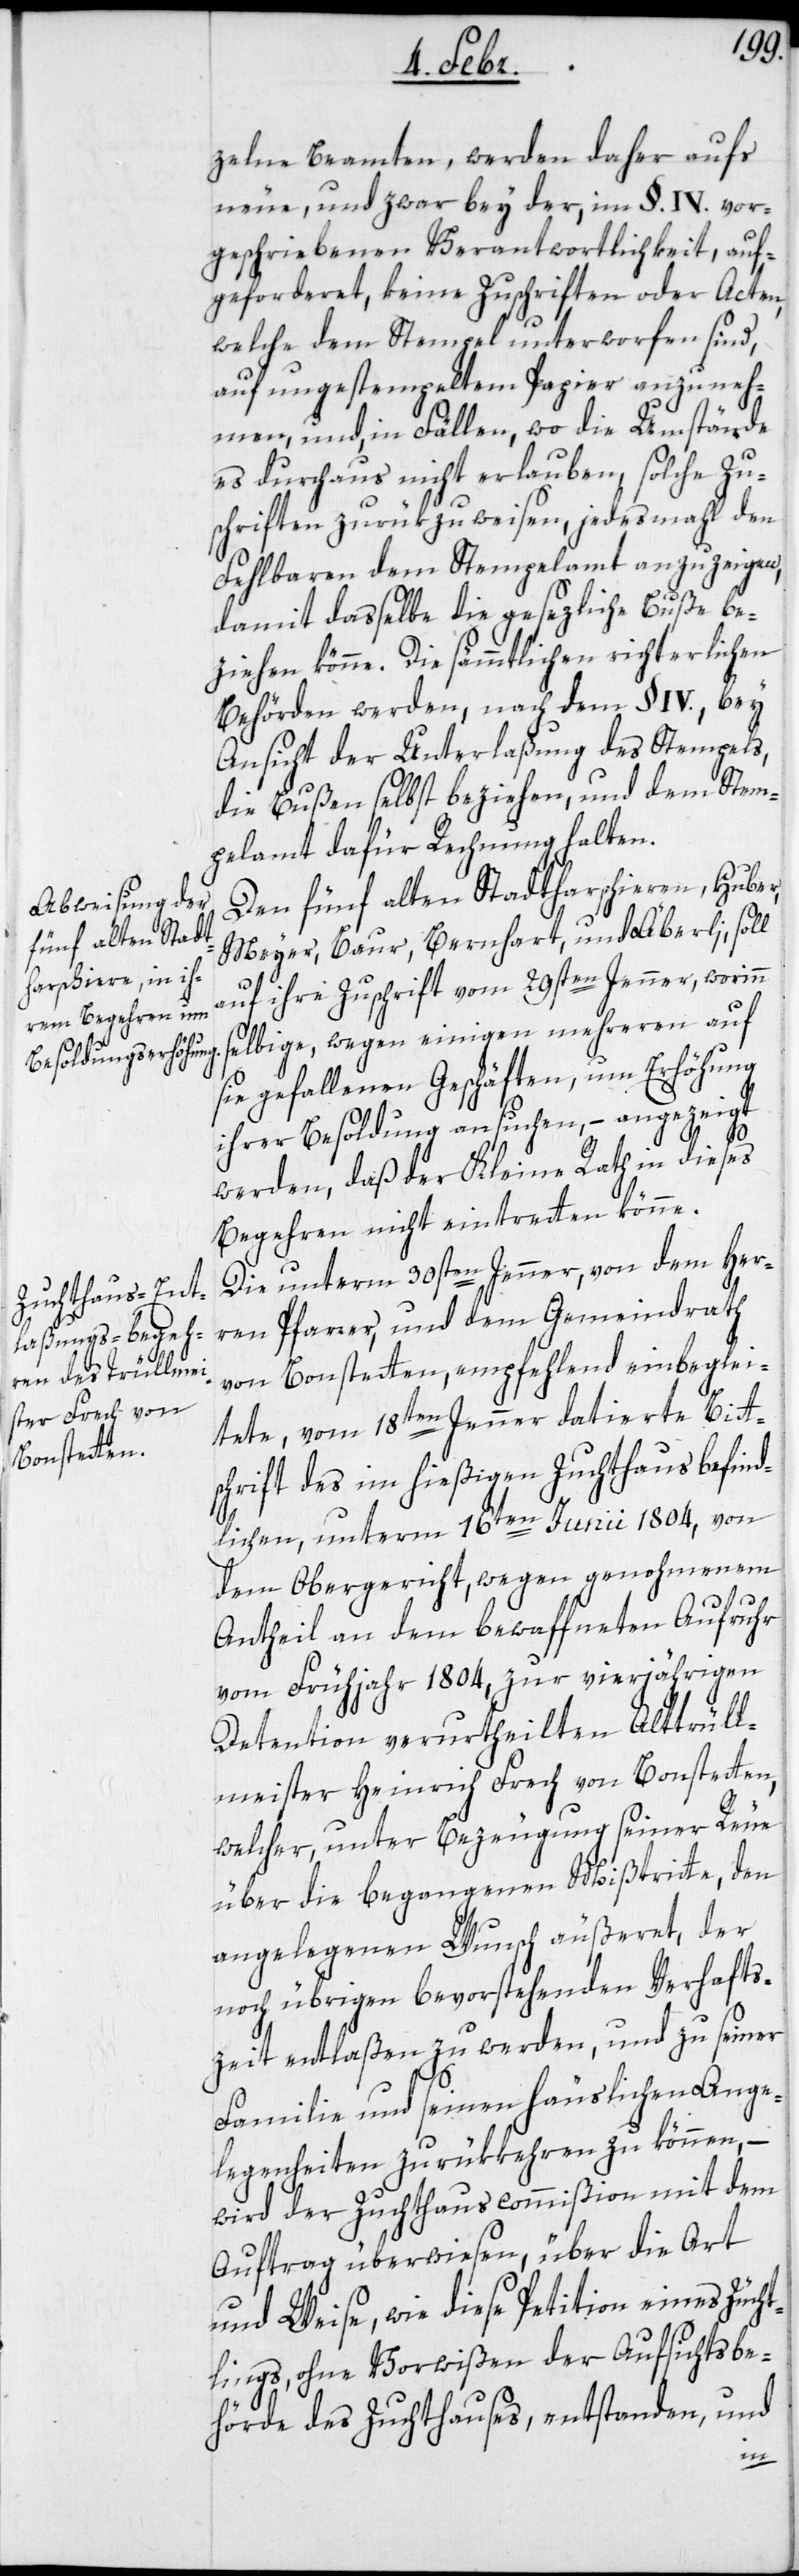
zelne Beamten, werden daher aufs
neue, und zwar bey der im §. IV. vor¬
geschriebenen Verantwortlichkeit, auf¬
geforderet, keine Zuschriften oder Acten,
welche dem Stempel unterworfen sind,
auf ungestempeltem Papier anzuneh¬
men, und, in Fällen, wo die Umstände
es durchaus nicht erlauben, solche Zu¬
schriften zurükzuweisen, jedesmahl den
Fehlbaren dem Stempelamt anzuzeigen,
damit dasselbe die gesezliche Buße be¬
ziehen könne. Die sämmtlichen richterlichen
Behörden werden, nach dem §. IV., bey
Ansicht der Unterlaßung des Stempels,
die Bußen selbst beziehen, und dem Stem¬
pelamt dafür Rechnung halten.
Den fünf alten Stadtharschieren, Huber,
Meyer, Baur, Bernhart und Äberli, soll
auf ihre Zuschrift vom 29sten Jenner, worinn
selbige, wegen einigen mehreren auf
sie gefallenen Geschäften, um Erhöhung
ihrer Besoldung ansuchen, – angezeigt
werden, daß der Kleine Rath in dieses
Begehren nicht eintretten könne.
Die unterm 30sten Jenner, von dem Her¬
ren Pfarrer, und dem Gemeindrath
von Bonstetten, empfehlend einbeglei¬
tete, vom 18ten Jenner datierte Bitt¬
schrift des im hießigen Zuchthaus befind¬
lichen, unterm 16ten Junii 1804, von
dem Obergericht, wegen genohmenem
Antheil an dem bewaffneten Aufruhr
vom Frühjahr 1804, zur vierjährigen
Detention verurtheilten Alttrüll¬
meister Heinrich Frech von Bonstetten,
welcher, unter Bezeugung seiner Reue
über die begangenen Mißtritte, den
angelegenen Wunsch äußeret, der
noch übrigen bevorstehenden Verhafts¬
zeit entlaßen zu werden, und zu seiner
Familie und seinen häuslichen Ange¬
legenheiten zurükkehren zu können, –
wird der Zuchthauscommißion mit dem
Auftrag überwiesen, über die Art
und Weise, wie diese Petition eines Züch¬
tlings, ohne Vorwißen der Aufsichtsbe¬
hörde des Zuchthauses, entstanden, und